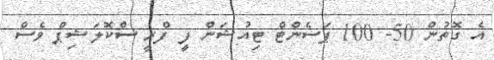
އެ ގޮތުން 50- 100 ޕަސެންޓް ޓިއުޝަން ފީ ފްރީ ސްކޮލަޝިޕް ވެސް